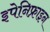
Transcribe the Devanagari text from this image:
इपेनिफ्राइन